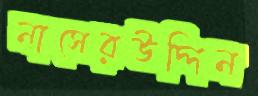
নাসেরউদ্দিন